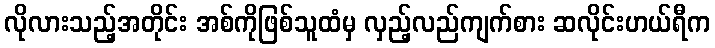
လိုလားသည့်အတိုင်း အစ်ကိုဖြစ်သူထံမှ လှည့်လည်ကျက်စား ဆလိုင်းဟယ်ရီက